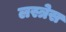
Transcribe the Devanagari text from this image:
लस्त्रेस